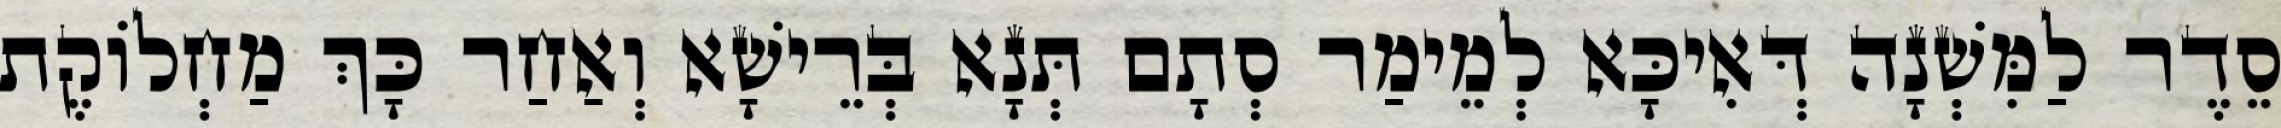
סֵדֶר לַמִּשְׁנָה דְּאִיכָּא לְמֵימַר סְתָם תְּנָא בְּרֵישָׁא וְאַחַר כָּךְ מַחְלוֹקֶת